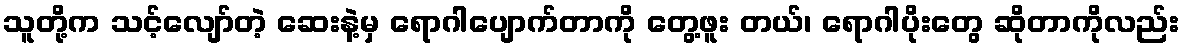
သူတို့က သင့်လျော်တဲ့ ဆေးနဲ့မှ ရောဂါပျောက်တာကို တွေ့ဖူး တယ်၊ ရောဂါပိုးတွေ ဆိုတာကိုလည်း